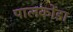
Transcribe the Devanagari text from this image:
पालकोंडा